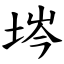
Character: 埁